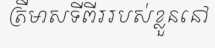
ត្រីមាសទីពីររបស់ខ្លួននៅ